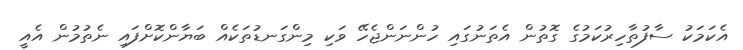
އެކަމަކު ސާފުތާހިރުކަމުގެ ގޮތުން އެތަނުގައި ހުންނަންޖެހޭ ވަކި މިންގަނޑުތަކެއް ބަޔާންކޮށްފައި ނެތުމުން އެއީ